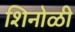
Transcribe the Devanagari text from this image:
शिनोळी